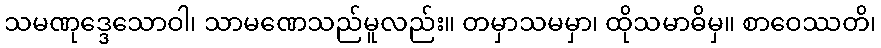
သမဏုဒ္ဒေသောဝါ၊ သာမဏေသည်မူလည်း။ တမှာသမမှာ၊ ထိုသမာဓိမှ။ စာဝေဿတိ၊